Report on the Civil Veterinary Department, Eastern Bengal and Assam - 1907-1911
Year: 1907
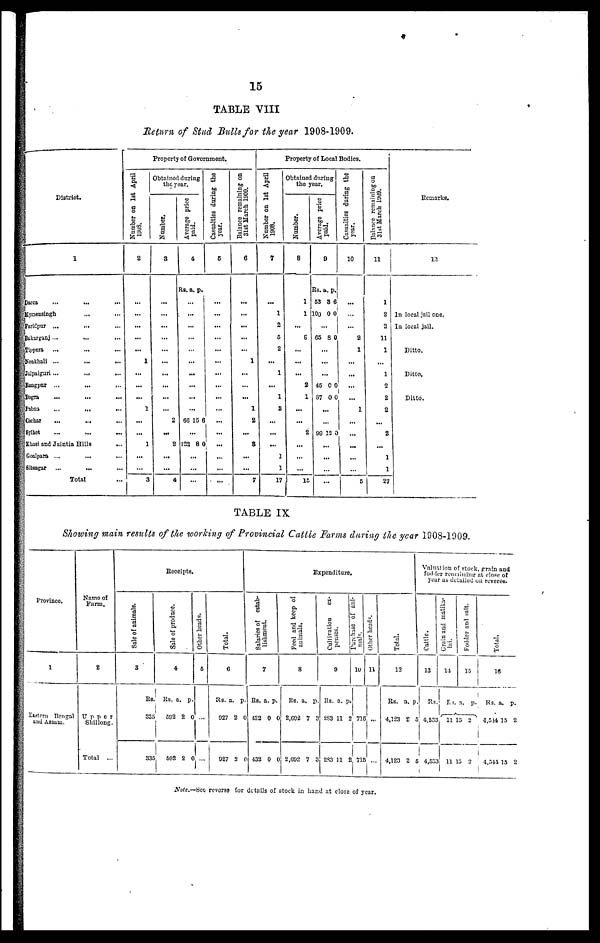
15
TABLE VIII
Return of Stud Bulls for the year 1908-1909.
District.
1
Dacca
...
...
...
Mymensingh
... ...
Faridpur ... ... ...
Bakarganj...
...
...
Tippera
...
... ...
Noakhali ...
...
...
Jalpaiguri...
... …
Rangpur ...
... ...
Bogra
...
... ...
Pabna
...
...
...
Cachar
...
...
...
Sylhet ... … …
Khasi and Jaintia Hills
...
Goalpara ...
...
...
Sitsagar ...
...
...
Total …
Property of Government.
Number
on 1st April
1908.
2
...
...
...
...
...
1
...
...
...
1
...
...
1
...
...
3
Obtained during
the year.
Number.
3
...
...
...
...
...
...
...
...
...
...
2
...
2
...
...
4
Average price
paid.
4
Rs. a. p.
...
...
...
...
...
...
...
...
...
...
66 15 6
...
122 8 0
...
...
...
Casualties daring the
year.
5
...
...
...
...
...
...
...
...
...
...
...
…
...
...
...
...
Balance remaining on
31st March 1909.
6
...
…
...
...
...
1
...
...
...
1
2
...
8
...
...
7
Property of Local Bodies.
Number on 1st April
1808.
7
...
1
2
5
2
...
1
...
1
3
...
...
...
1
1
17
Obtained during
the year.
Number.
8
1
1
...
8
...
...
…
2
1
...
...
2
...
...
...
15
Average price
paid.
9
Rs. a. p.
53 3 6
100 0 0
...
65 8 0
...
...
...
45 0 0
87 0 0
...
...
99 12 0
...
...
...
...
Casualties during the
year.
10
…
…
…
2
1
...
...
...
…
1
...
...
...
...
… 5
Balance remaining on
31st March 1009.
11
1
2
3
11
1
…
1
2
2
2
...
2
...
1
1
27
Remarks.
12
In local jail one.
In local jail.
Ditto.
Ditto.
Ditto.
TABLE IX
Showing main results of the working of Provincial Cattle Farms during the year 1908-1909.
Province
1
Eastern Bengal
and Assam.
Name of
Farm.
2
Upper
Shillong.
Total
...
Receipts.
Sale of animals.
3
£a
335
335
Sale of produce.
4
Rs. a. p.
592 2 0
592 2 0
Other heads.
5
...
...
Total.
6
Rs. a. p.
927 2 0
927 2 0
Expenditure.
Salaries of estab-
lishment.
7
Rs. a. p.
432 0 0
432
0 0
Feed
and keep of
animals.
8
Rs. a. p
2,692 7 3
2,692 7 3
Cultivation
ex-
penses.
9
Rs. a. p.
283 11 2
283 11 2
mals.
10
715
715
Other heads.
11
...
...
Total,
12
Rs. a. p
4,123 2 5
4,123 2 5
Valuation of stock, grain and
fodder remaining at close of
year as detailed on reverse.
Cattle.
13
Rs.
4,533
4,533
Grain and matika-
lai.
14
11
11
Fodder and salt.
15
a. p.
15 2
15 2
Total.
16
Rs. a. p.
4,544 15 2
4,544 15 2
Note.—See reverse for details of stock in hand at close of year.